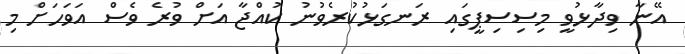
އޭނާ ވިދާޅުވީ މިސިސިޕީގައި ރަނގަޅުކުރެވުނު ކުއްޖާ އަށް ވުރެ ވެސް އަވަހަށް މި